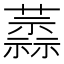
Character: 𧁞